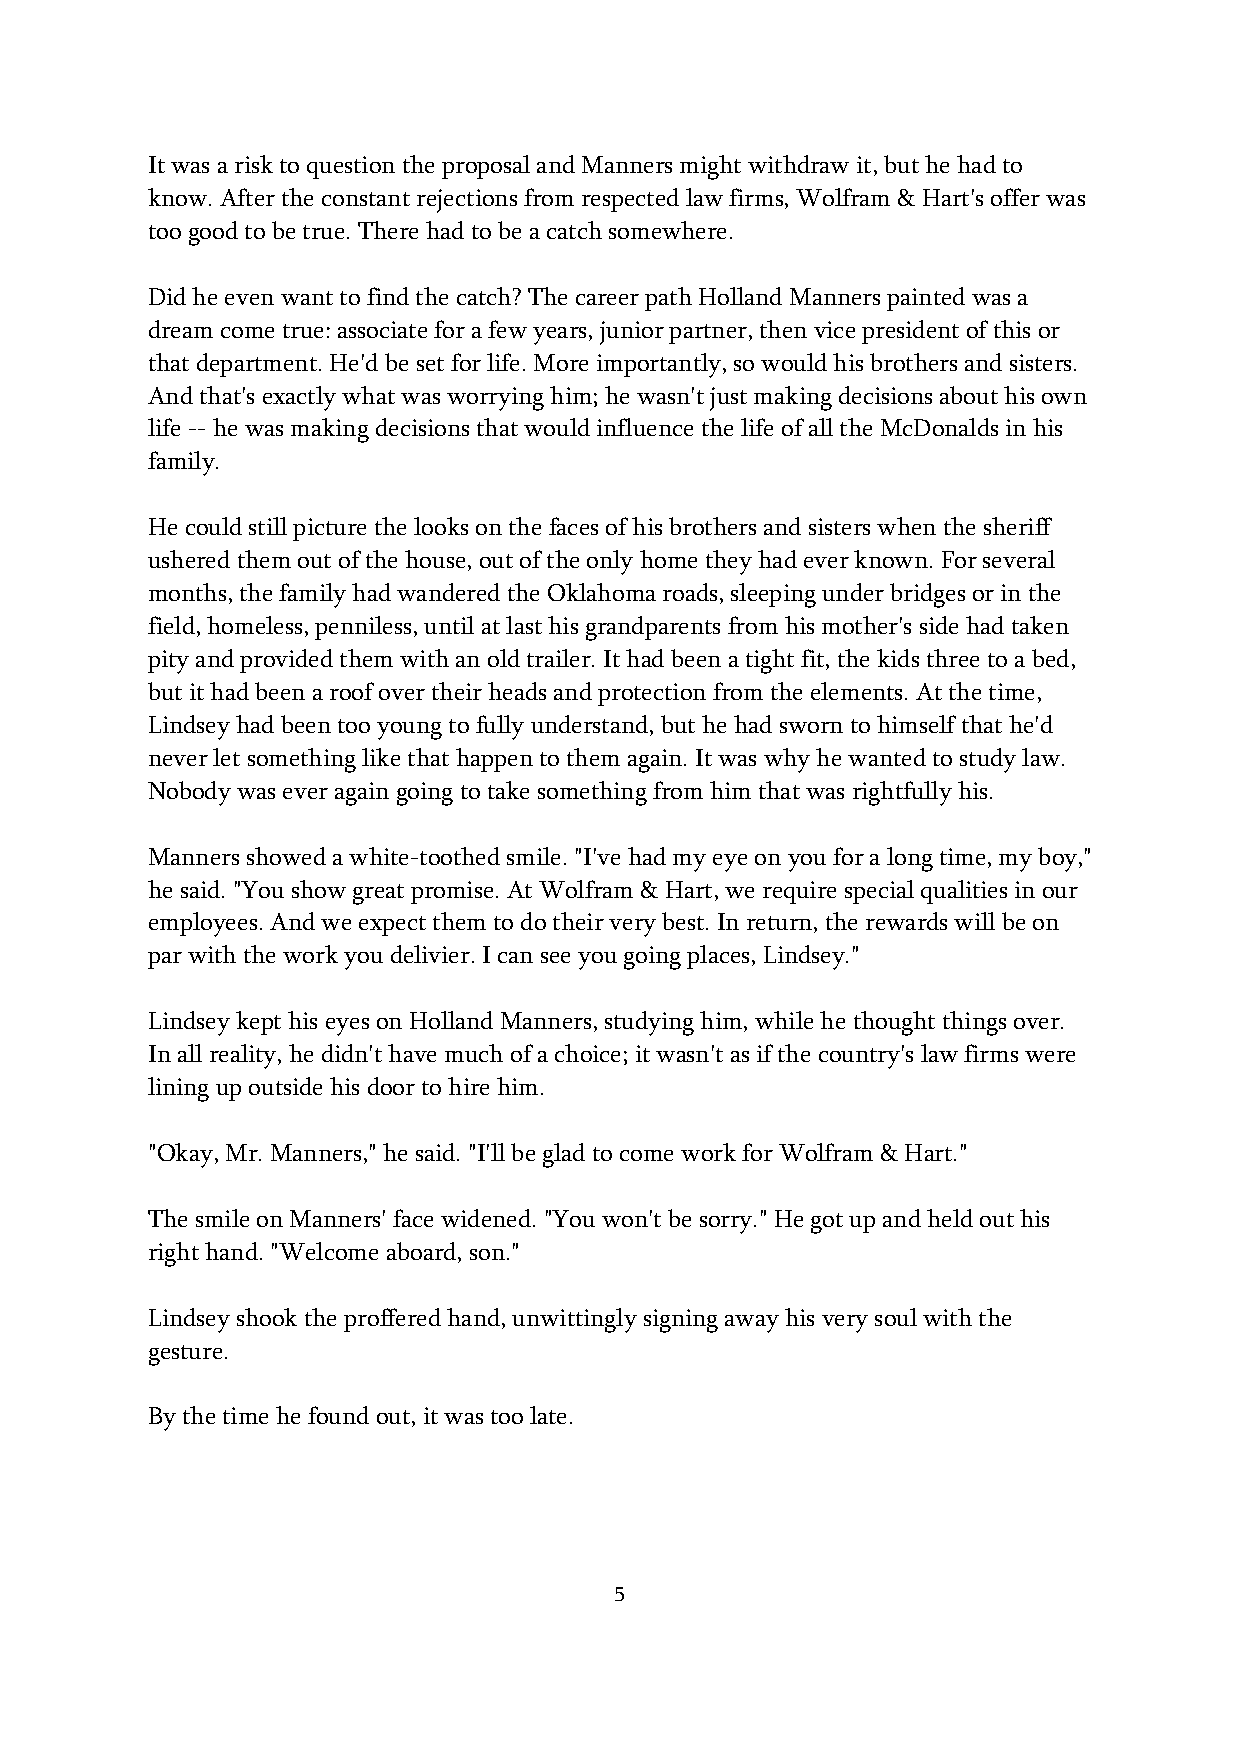
It was a risk to question the proposal and Manners might withdraw it, but he had to
 know. After the constant rejections from respected law firms, Wolfram & Hart's offer was
 too good to be true. There had to be a catch somewhere.
 Did he even want to find the catch? The career path Holland Manners painted was a
 dream come true: associate for a few years, junior partner, then vice president of this or
 that department. He'd be set for life. More importantly, so would his brothers and sisters.
 And that's exactly what was worrying him; he wasn't just making decisions about his own
 life -- he was making decisions that would influence the life of all the McDonalds in his
 family.
 He could still picture the looks on the faces of his brothers and sisters when the sheriff
 ushered them out of the house, out of the only home they had ever known. For several
 months, the family had wandered the Oklahoma roads, sleeping under bridges or in the
 field, homeless, penniless, until at last his grandparents from his mother's side had taken
 pity and provided them with an old trailer. It had been a tight fit, the kids three to a bed,
 but it had been a roof over their heads and protection from the elements. At the time,
 Lindsey had been too young to fully understand, but he had sworn to himself that he'd
 never let something like that happen to them again. It was why he wanted to study law.
 Nobody was ever again going to take something from him that was rightfully his.
 Manners showed a white-toothed smile. "I've had my eye on you for a long time, my boy,"
 he said. "You show great promise. At Wolfram & Hart, we require special qualities in our
 employees. And we expect them to do their very best. In return, the rewards will be on
 par with the work you delivier. I can see you going places, Lindsey."
 Lindsey kept his eyes on Holland Manners, studying him, while he thought things over.
 In all reality, he didn't have much of a choice; it wasn't as if the country's law firms were
 lining up outside his door to hire him.
 "Okay, Mr. Manners," he said. "I'll be glad to come work for Wolfram & Hart."
 The smile on Manners' face widened. "You won't be sorry." He got up and held out his
 right hand. "Welcome aboard, son."
 Lindsey shook the proffered hand, unwittingly signing away his very soul with the
 gesture.
 By the time he found out, it was too late.
 5